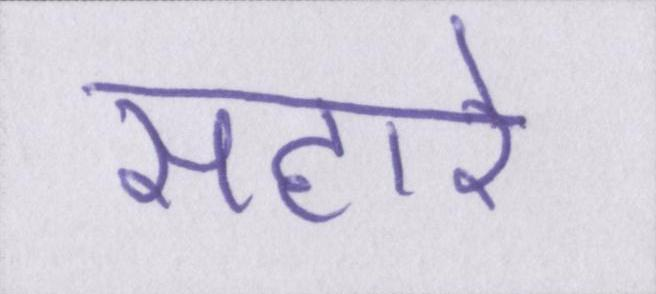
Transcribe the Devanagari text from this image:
सहारे